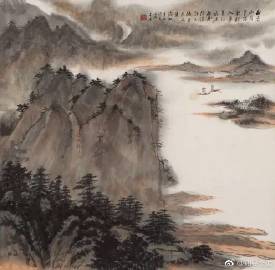
夜发清溪向三峡，思君不见下渝州。